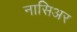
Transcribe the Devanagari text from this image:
नासिअर